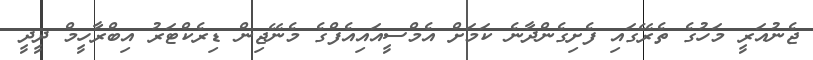
ޖެނުއަރީ މަހުގެ ތެރޭގައި ފެށިގެންދާނެ ކަމަށް އެމްސީއައިއެފްގެ މެނޭޖިން ޑިރެކްޓަރު އިބްރާހީމް ދީދީ